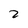
Character: 2